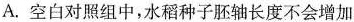
A.空白对照组中，水稻种子胚轴长度不会增加